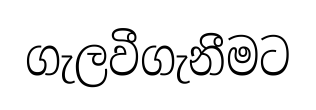
ගැලවීගැනීමට